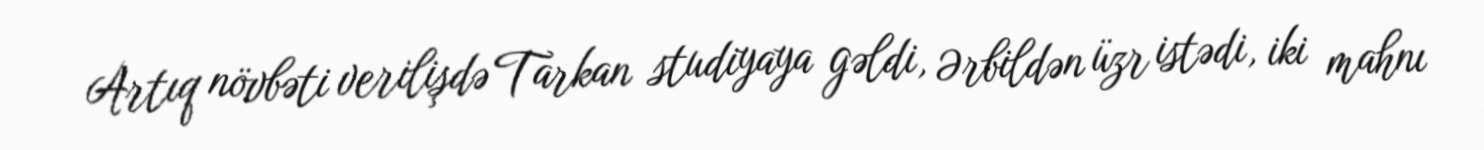
Artıq növbəti verilişdə Tarkan studiyaya gəldi, Ərbildən üzr istədi, iki mahnı